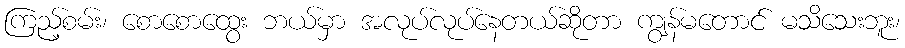
ကြည့်စမ်း၊ စောစောထွေး ဘယ်မှာ အလုပ်လုပ်နေတယ်ဆိုတာ ကျွန်မတောင် မသိသေးဘူး၊